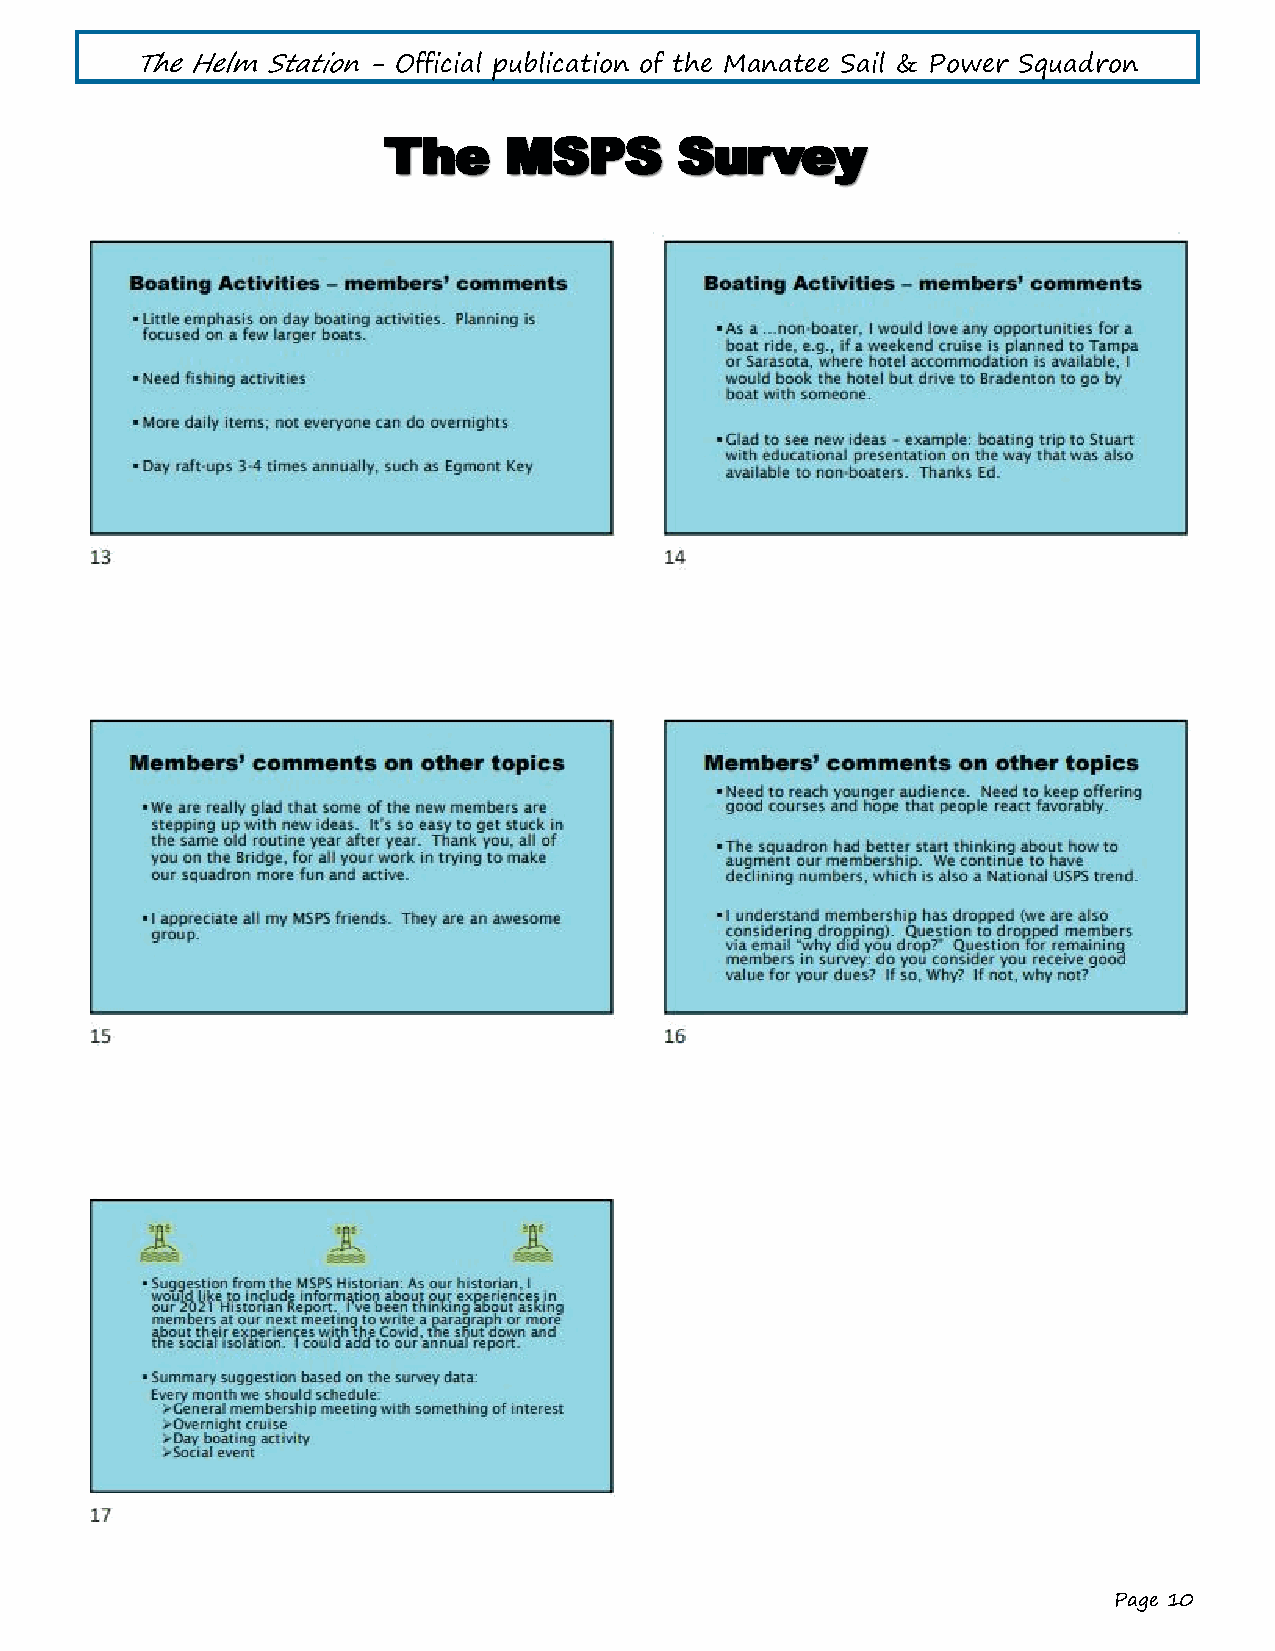
The Helm Station - Official publication of the Manatee Sail & Power Squadron
 TThhee  MMSSPPSS    SSuurrvveeyy
 Page 10